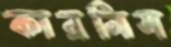
কারনিস